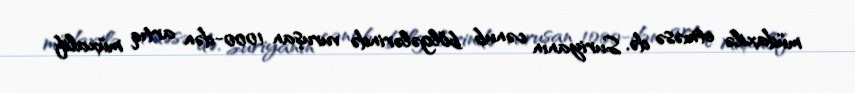
müdaxilə etməsə də, Suriyanın cənub bölgələrində vuruşan 1000-dən artıq müxalif